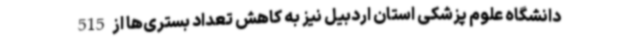
دانشگاه علوم پزشکی استان اردبیل نیز به کاهش تعداد بستری‌ها از 515